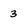
Character: 3